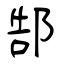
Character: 郜